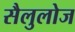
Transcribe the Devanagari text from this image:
सैलुलोज